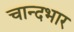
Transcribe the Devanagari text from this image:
चान्दभार